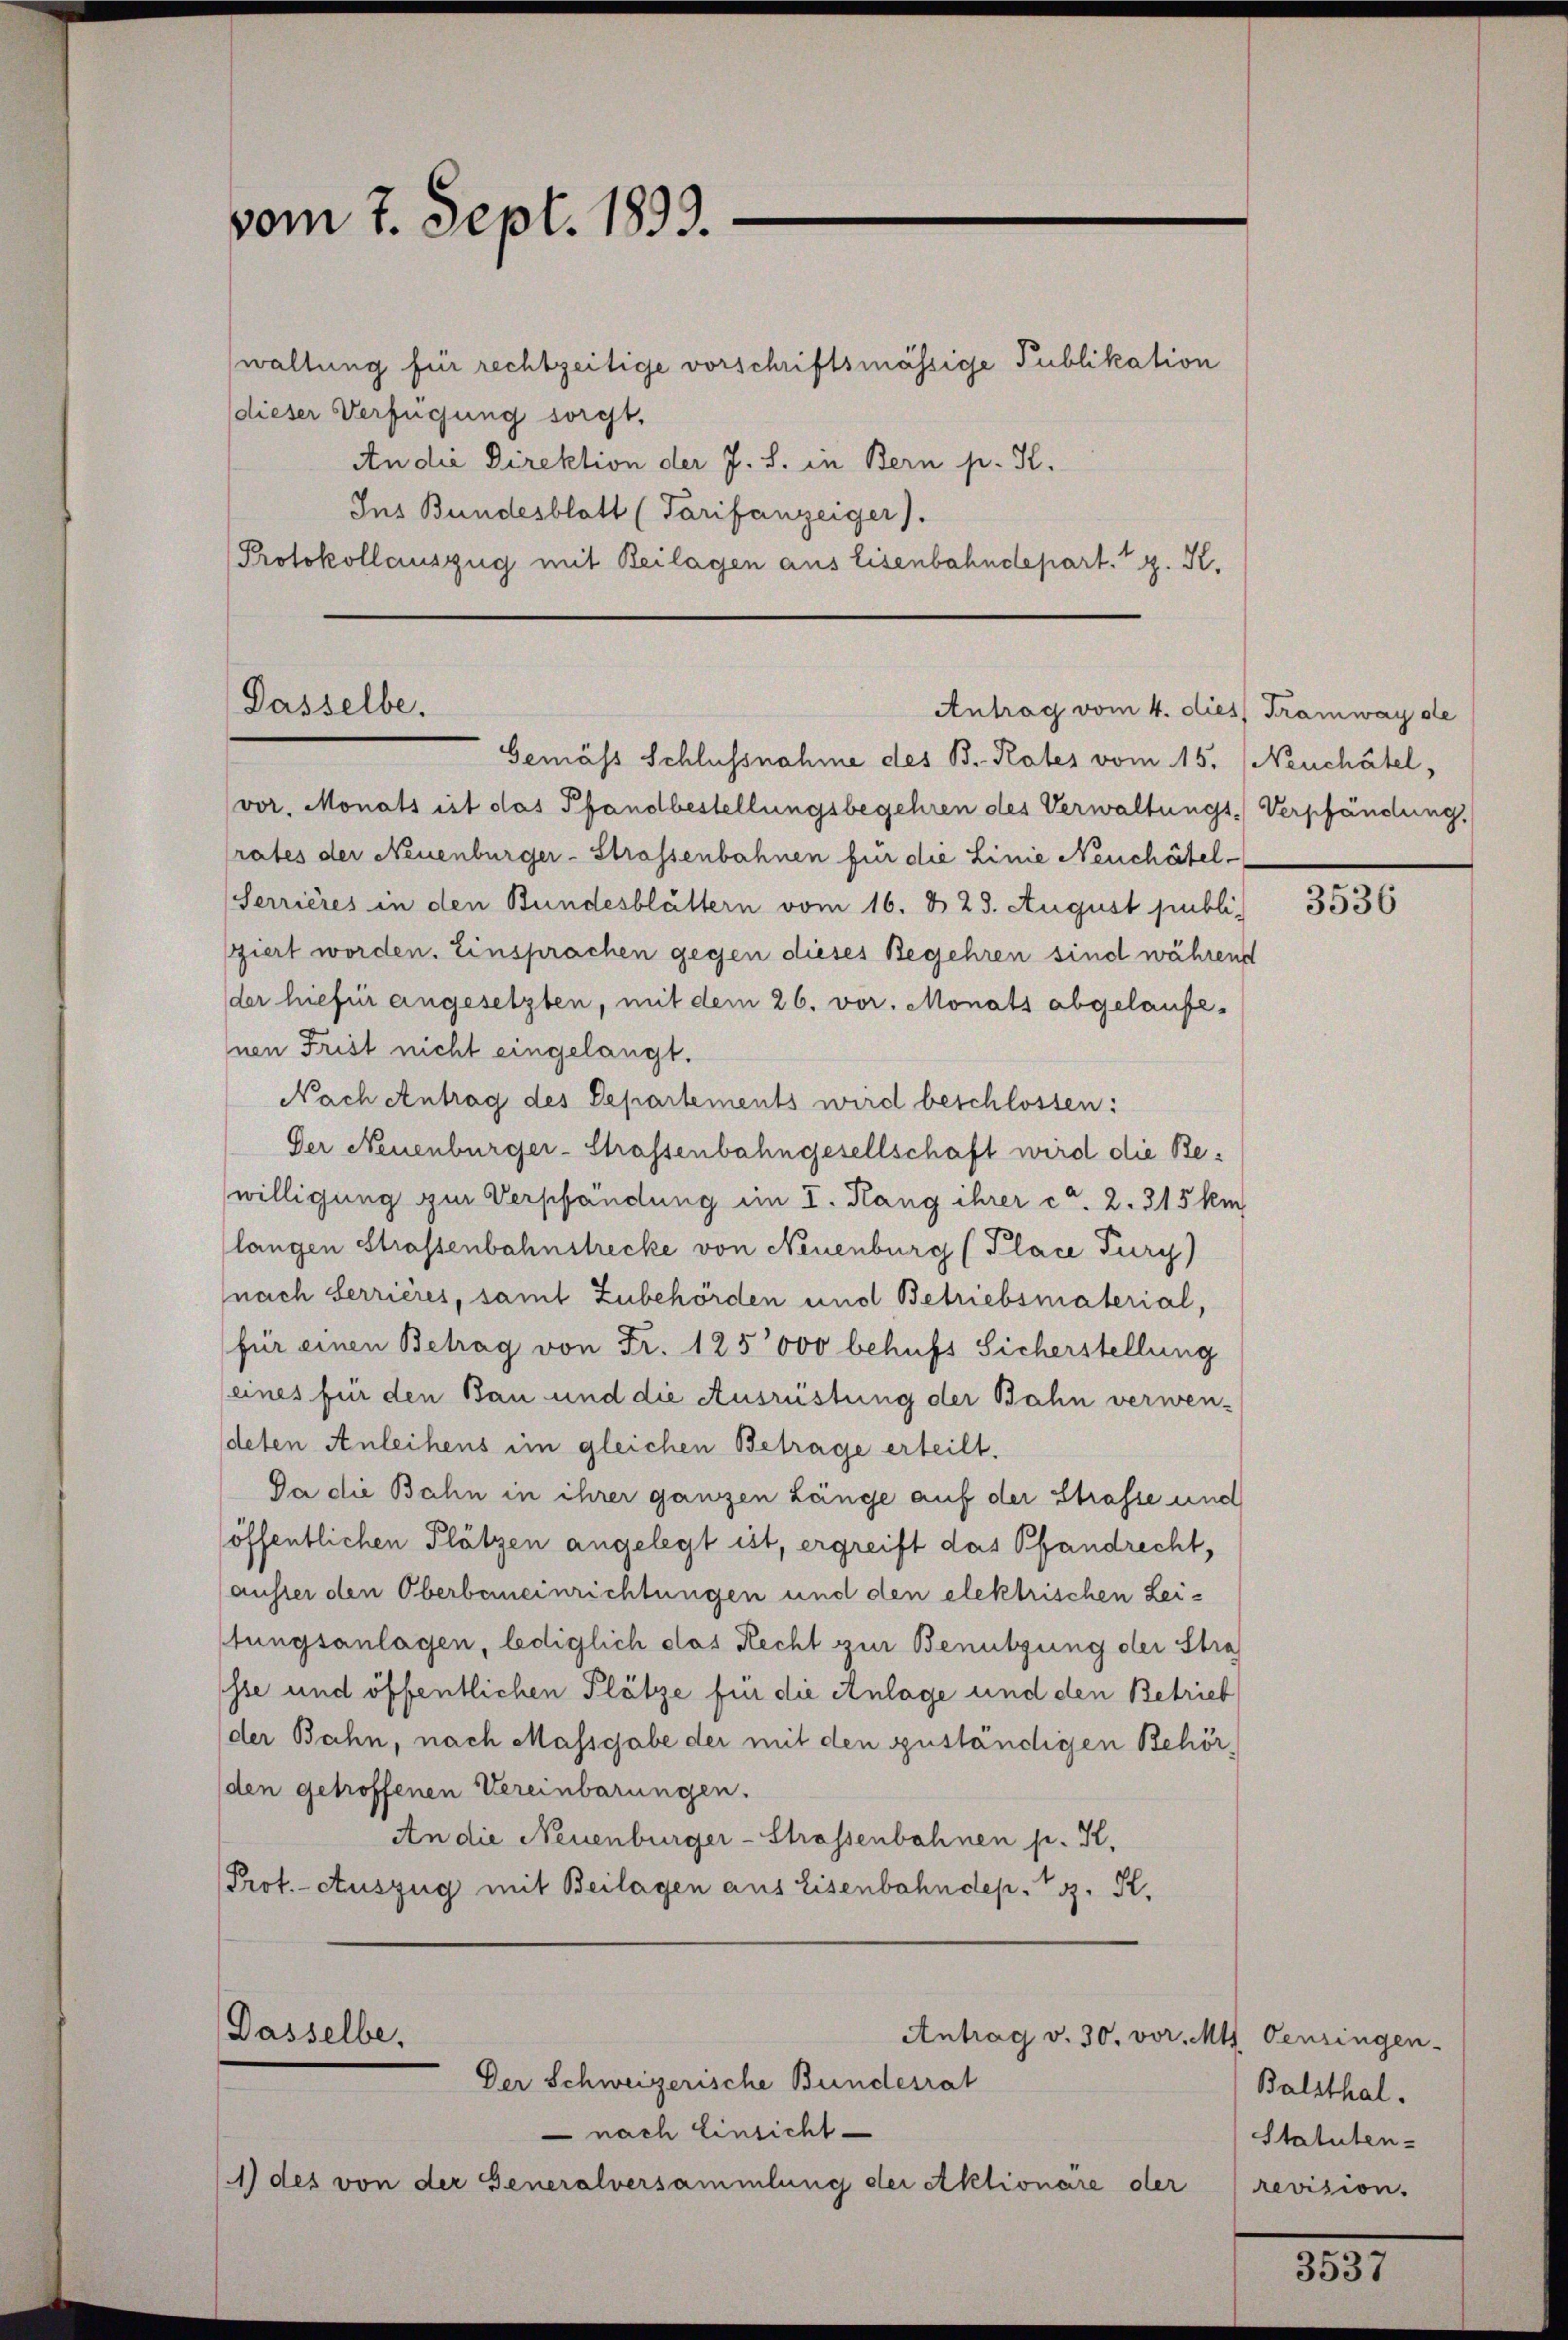
vom 7. Sept. 1893.

waltung für rechtzeitige vorschriftsmässige Publikation
dieser Verfügung sorgt.
An die Direktion der J. S. in Bern p. K.
Ins Bundesblatt (Tarifanzeiger).
Protokollauszug mit Beilagen aus Eisenbahndepart. 1 g. K.

Passelbe.
Antrag vom 4. dies Tramway de

Dasselbe,
Antrag v. 30. vor.
Der Schweizerische Bundesrat

vor. Monats ist das Pfandbestellungsbegehren des Verwaltungs-Verpfändung,
rates der Neuenburger-Strassenbahnen für die Linie Neuchâtel¬
Serrières in den Bundesblättern vom 16. d. 23. August publi
ziert worden. Einsprachen gegen dieses Begehren sind während
der hiefür angesetzten, mit dem 26. vor. Monats abgelaufenen Frist nicht eingelangt.
Nach Antrag des Departements wird beschlossen:
Der Neuenburger-Strassenbahngesellschaft wird die Bewilligung zur Verschändung im I. Rang ihrer ca. 2. 315 km
langen Strassenbahnstrecke von Neuenburg (Place Tury)
nach Serrieres, samt Zubehörden und Betriebsmaterial,
für einen Betrag von Fr. 125000 behufs Sicherstellung
eines für den Bau und die Ausrüstung der Bahn verwen-
deten Anleihens im gleichen Betrage erteilt.
Da die Bahn in ihrer ganzen Länge auf der Strasse und
(öffentlichen Plätzen angelegt ist, ergreift das Pfandrecht,
auster den Oberbemeinrichtungen und den elektrischen Leitungsanlagen, lediglich das Recht zur Benutzung der Stra
sse und öffentlichen Plätze für die Anlage und den Betrieb
der Bahn, nach Massgabe der mit den zuständigen Behör
den getroffenen Vereinbarungen.
An die Neuenburger-Strassenbahnen p. K.
Prot. - Auszug mit Beilagen aus Eisenbahndep. T. K.

Gemäss Schlussnahme des B. Rates vom 15. Neuchâtel,

nach Einsicht
1) des von der Generalversammlung der Aktionare der

3536

M Oenzingen.
Balsthal.
Statuten-
revision.

3537